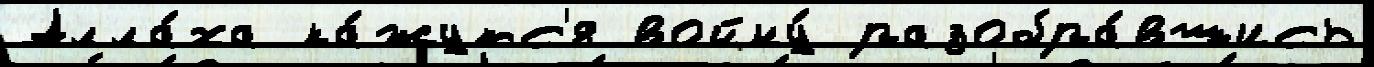
Алла́ха ка́жутс'я войну́ разобра́вшись